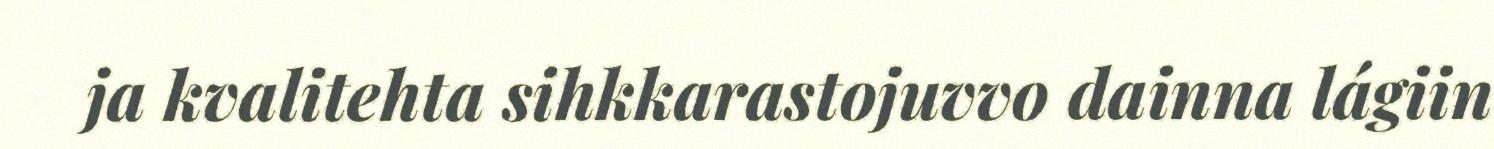
ja kvalitehta sihkkarastojuvvo dainna lágiin